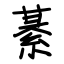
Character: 綦